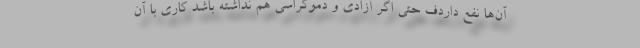
آن‌ها نفع داردف حتی اگر آزادی و دموکراسی هم نداشته باشد کاری با آن